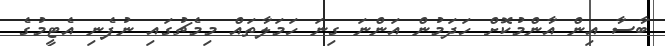
ބާސާ އިން އާންމުކޮށް ހަދަމުން އަންނަ ގިނަ ހަމަލާތައް މިމެޗުގައި ނުފެނި އެޓީމުގެ